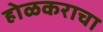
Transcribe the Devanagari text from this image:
होळकराचा